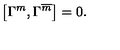
\left[ \Gamma ^ { m } , \Gamma ^ { \overline { { m } } } \right] = 0 \mathrm { . }